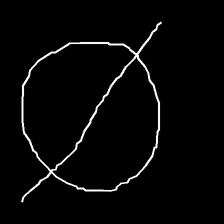
Glyph: orb